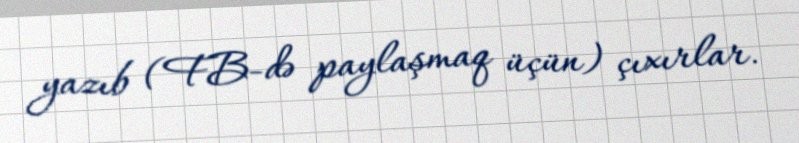
yazıb (FB-də paylaşmaq üçün) çıxırlar.